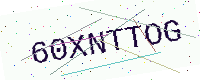
Text: 60XNTTOG